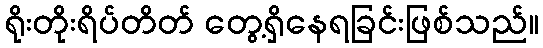
ရိုးတိုးရိပ်တိတ် တွေ့ရှိနေရခြင်းဖြစ်သည်။